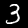
Digit: 3